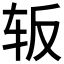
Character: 𰹺